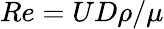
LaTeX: Re=UD\rho/\mu